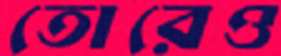
তোরেও